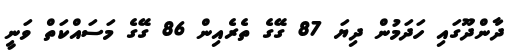
ދާންދޫގައި ހަދަމުން ދިޔަ 87 ގޭގެ ތެރެއިން 86 ގޭގެ މަސައްކަތް ވަނީ